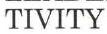
TIVITY